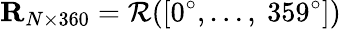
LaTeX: \mathbf{R}_{N\times 360}=\mathcal{R}([0^{\circ},\dotsc,\ 359^{\circ}])